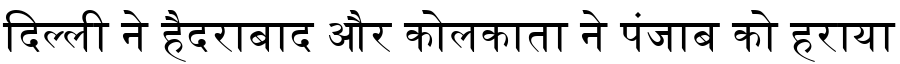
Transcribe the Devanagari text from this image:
दिल्ली ने हैदराबाद और कोलकाता ने पंजाब को हराया